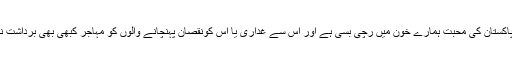
انہوں نے کہا کہ پاکستان کی محبت ہمارے خون میں رچی بسی ہے اور اس سے غداری یا اس کونقصان پہنچانے والوں کو مہاجر کبھی بھی برداشت نہیں کرسکیں گے۔